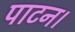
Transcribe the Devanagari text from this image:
पाटन।